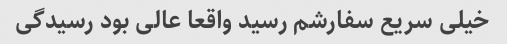
خیلی سریع سفارشم رسید واقعا عالی بود رسیدگی